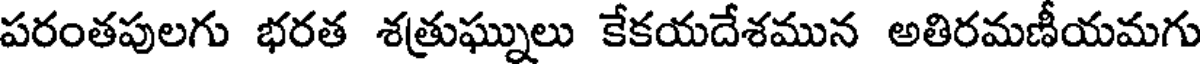
పరంతపులగు భరత శత్రుఘ్నులు కేకయదేశమున అతిరమణీయమగు